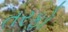
તરફો